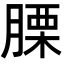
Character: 𦞰